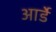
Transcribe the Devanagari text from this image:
आर्डे